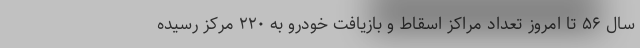
سال ۵۶ تا امروز تعداد مراکز اسقاط و بازیافت خودرو به ۲۲۰ مرکز رسیده